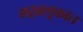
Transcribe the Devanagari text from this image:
मख़लूकात